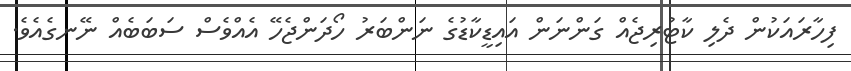
ފިހާރައަކުން ދެލި ކާޓުރިޖެއް ގަންނަން އައިޑީކާޑުގެ ނަންބަރު ހޯދަންޖެހޭ އެއްވެސް ސަބަބެއް ނޭނގެއެވެ.